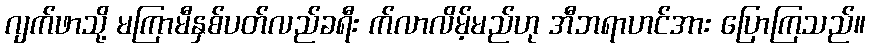
ဂျက်ဖာသို့ မကြာမီနှစ်ပတ်လည်ခရီး က်လာလိမ့်မည်ဟု အီဘရာဟင်အား ပြောကြသည်။